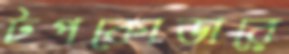
টপকোডারে